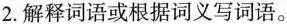
2.解释词语或根据词义写词语。